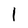
Character: 1